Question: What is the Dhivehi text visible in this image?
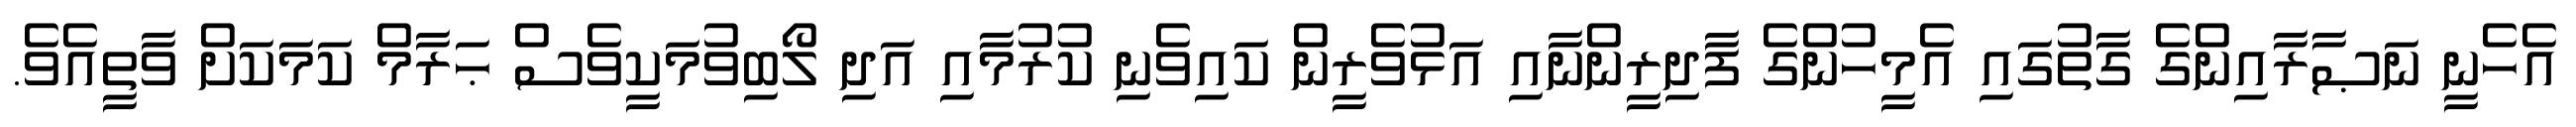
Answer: އެހެނީ ނަޞާރާއިންގެ ގާތުގައި އެމީހުންގެ ފާދިރީންނާއި އަޅުވެރީން ކައިވެނި ކުރުމާއި އަދި ލޯބިވުމަކީވެސް ޙަރާމް ކަމަކަށް ވާތީއެވެ.